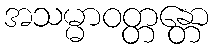
အသမ္မာဝတ္တန္တော